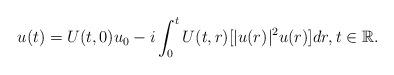
LaTeX: \begin{align*} u (t) = U (t, 0) u_0 - i \int_0^t U (t, r) [| u (r) |^2 u (r)] d r, t\in\mathbb{R}.\end{align*}